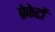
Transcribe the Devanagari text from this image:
ब्रेकेटों